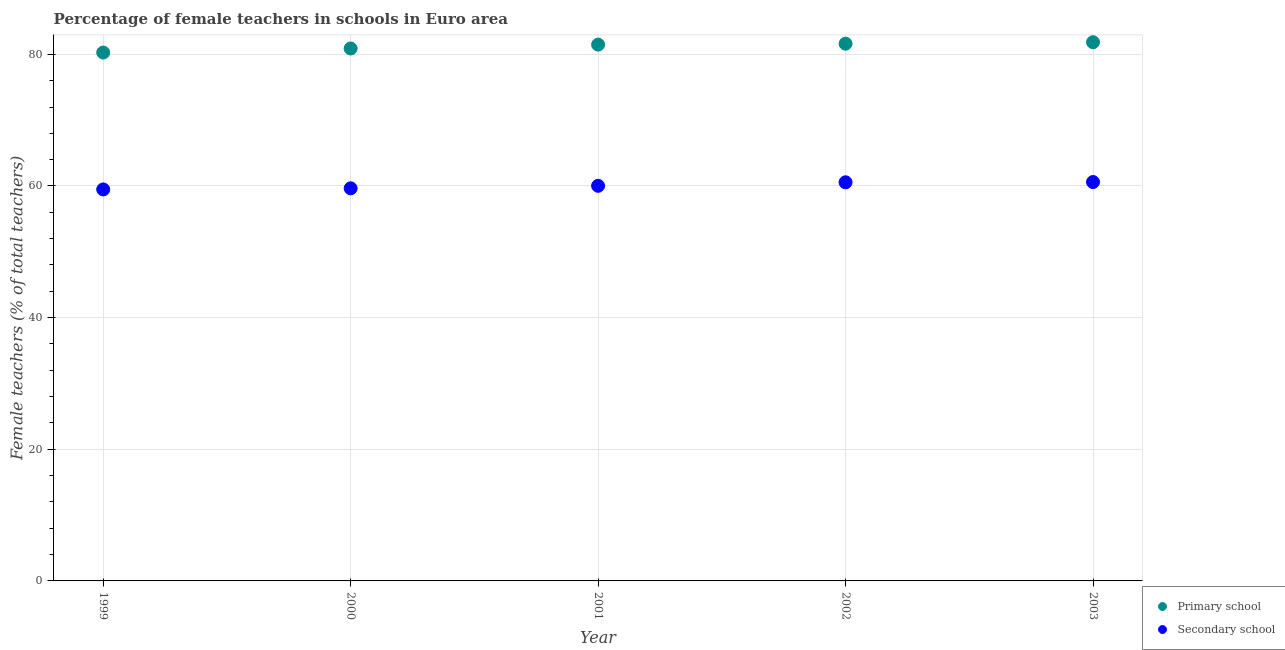
| Year | Primary school | Secondary school |
 | --- | --- | --- |
 | 1999 | 80.3 | 59.5 |
 | 2000 | 80.9 | 59.6 |
 | 2001 | 81.5 | 60 |
 | 2002 | 81.6 | 60.6 |
 | 2003 | 81.8 | 60.6 |